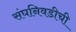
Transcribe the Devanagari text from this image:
संघनिवडीची